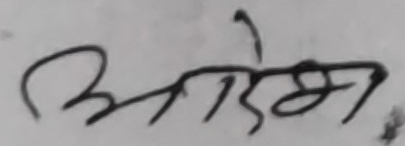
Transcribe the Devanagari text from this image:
आदेश